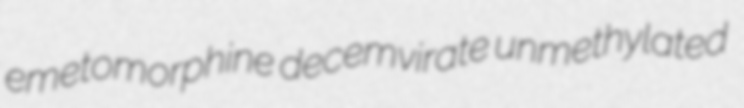
emetomorphine decemvirate unmethylated